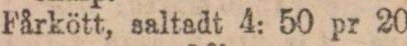
Fårkött, saltadt 4: 50 pr 20